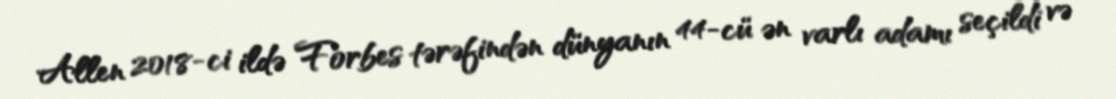
Allen 2018-ci ildə Forbes tərəfindən dünyanın 44-cü ən varlı adamı seçildi və